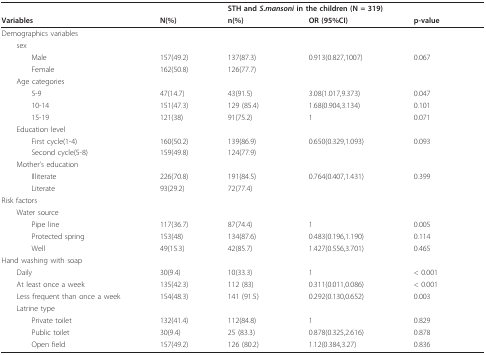
<table><thead><tr><td></td><td></td><td colspan="3"><b>STH and <i>S.mansoni </i>in the children (N = 319)</b></td></tr><tr><td><b>Variables</b></td><td><b>N(%)</b></td><td><b>n(%)</b></td><td><b>OR (95%CI)</b></td><td><b>p-value</b></td></tr></thead><tbody><tr><td>Demographics variables</td><td></td><td></td><td></td><td></td></tr><tr><td> sex</td><td></td><td></td><td></td><td></td></tr><tr><td>Male</td><td>157(49.2)</td><td>137(87.3)</td><td>0.913(0.827,1007)</td><td>0.067</td></tr><tr><td>Female</td><td>162(50.8)</td><td>126(77.7)</td><td></td><td></td></tr><tr><td> Age categories</td><td></td><td></td><td></td><td></td></tr><tr><td>5-9</td><td>47(14.7)</td><td>43(91.5)</td><td>3.08(1.017,9.373)</td><td>0.047</td></tr><tr><td>10-14</td><td>151(47.3)</td><td>129 (85.4)</td><td>1.68(0.904,3.134)</td><td>0.101</td></tr><tr><td>15-19</td><td>121(38)</td><td>91(75.2)</td><td>1</td><td>0.071</td></tr><tr><td> Education level</td><td></td><td></td><td></td><td></td></tr><tr><td>First cycle(1-4)</td><td>160(50.2)</td><td>139(86.9)</td><td>0.650(0.329,1.093)</td><td>0.093</td></tr><tr><td>Second cycle(5-8)</td><td>159(49.8)</td><td>124(77.9)</td><td></td><td></td></tr><tr><td> Mother&#x27;s education</td><td></td><td></td><td></td><td></td></tr><tr><td>Illiterate</td><td>226(70.8)</td><td>191(84.5)</td><td>0.764(0.407,1.431)</td><td>0.399</td></tr><tr><td>Literate</td><td>93(29.2)</td><td>72(77.4)</td><td></td><td></td></tr><tr><td>Risk factors</td><td></td><td></td><td></td><td></td></tr><tr><td> Water source</td><td></td><td></td><td></td><td></td></tr><tr><td>Pipe line</td><td>117(36.7)</td><td>87(74.4)</td><td>1</td><td>0.005</td></tr><tr><td>Protected spring</td><td>153(48)</td><td>134(87.6)</td><td>0.483(0.196,1.190)</td><td>0.114</td></tr><tr><td>Well</td><td>49(15.3)</td><td>42(85.7)</td><td>1.427(0.556,3.701)</td><td>0.465</td></tr><tr><td>Hand washing with soap</td><td></td><td></td><td></td><td></td></tr><tr><td> Daily</td><td>30(9.4)</td><td>10(33.3)</td><td>1</td><td>&lt; 0.001</td></tr><tr><td> At least once a week</td><td>135(42.3)</td><td>112 (83)</td><td>0.311(0.011,0.086)</td><td>&lt; 0.001</td></tr><tr><td> Less frequent than once a week</td><td>154(48.3)</td><td>141 (91.5)</td><td>0.292(0.130,0.652)</td><td>0.003</td></tr><tr><td> Latrine type</td><td></td><td></td><td></td><td></td></tr><tr><td>Private toilet</td><td>132(41.4)</td><td>112(84.8)</td><td>1</td><td>0.829</td></tr><tr><td>Public toilet</td><td>30(9.4)</td><td>25 (83.3)</td><td>0.878(0.325,2.616)</td><td>0.878</td></tr><tr><td>Open field</td><td>157(49.2)</td><td>126 (80.2)</td><td>1.12(0.384,3.27)</td><td>0.836</td></tr></tbody></table>